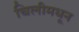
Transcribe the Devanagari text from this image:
चिलीमधून